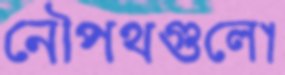
নৌপথগুলো